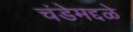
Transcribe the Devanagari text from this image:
चंडेमद्दळे